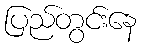
ပြည်တွင်းနေ